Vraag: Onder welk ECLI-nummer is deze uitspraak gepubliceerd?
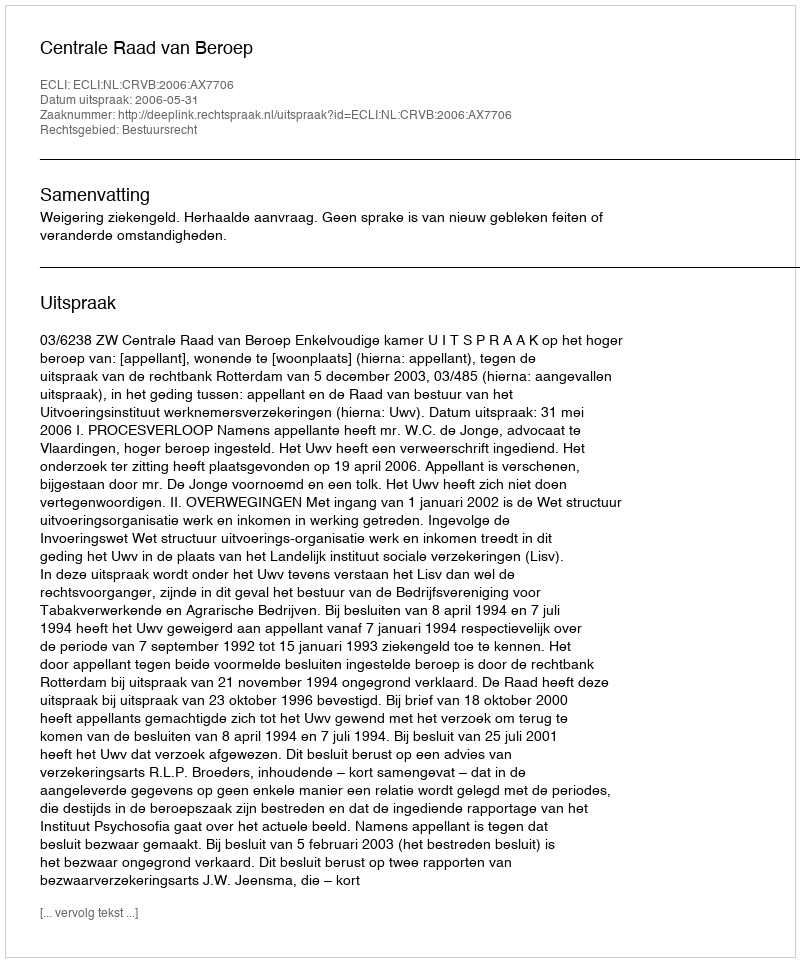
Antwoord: ECLI:NL:CRVB:2006:AX7706